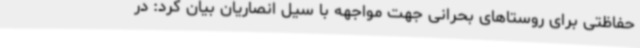
حفاظتی برای روستاهای بحرانی جهت مواجهه با سیل انصاریان بیان کرد: در